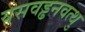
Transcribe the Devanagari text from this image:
यसवड्ढनवत्थु